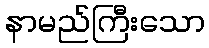
နာမည်ကြီးသော